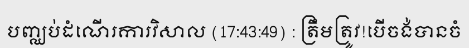
បញ្ឈប់ដំណើរការវិសាល (17:43:49) : ត្រឹមត្រូវ!បើចង់បានចំ